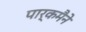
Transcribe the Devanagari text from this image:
पार्कमैने